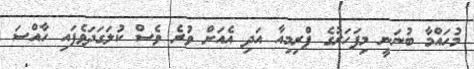
މުހައްމާ ބުނަނީ މިފަހަރުގެ ޕްރިމިއާ އަދި އެއަށް ވުރެ ވެސް ކުލަގަދަވެފައި ހާއްސަ